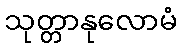
သုတ္တာနုလောမံ